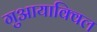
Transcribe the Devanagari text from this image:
गुआयाक्विल